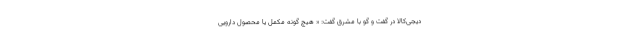
دیجی‌کالا در گفت و گو با مشرق گفت: « هیچ گونه مکمل یا محصول دارویی